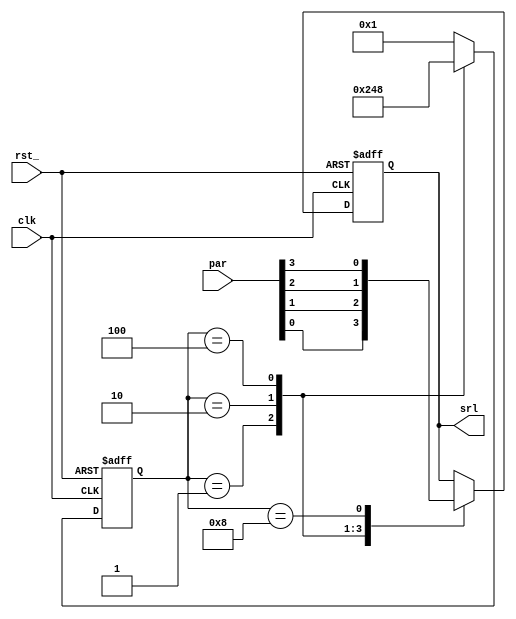
// 
// dong dy
// email dyk1203@126.com

module par2srl(	input[3:0] par,
				output srl,
				input clk,
				input rst_
				);


parameter bit0 = 4'b0001;
parameter bit1 = 4'b0010; 
parameter bit2 = 4'b0100;
parameter bit3 = 4'b1000;

reg[3:0] bitstate;
reg srl_reg;

always@(posedge clk or negedge rst_) begin
	if(!rst_) begin
		bitstate <= bit0;
		srl_reg <= 0;
	end
	else begin
		case(bitstate)
		bit0:	begin
			srl_reg <= par[0];
			bitstate <= bit1;
			end
		bit1:	begin
			srl_reg <= par[1];
			bitstate <= bit2;
			end
		bit2: 	begin
			srl_reg <= par[2];
			bitstate <= bit3;
			end
		bit3:	begin
			srl_reg <= par[3];
			bitstate <= bit0;
			end
		default:	
			bitstate <= bit0;
		endcase
	end

end
assign srl = srl_reg;

endmodule